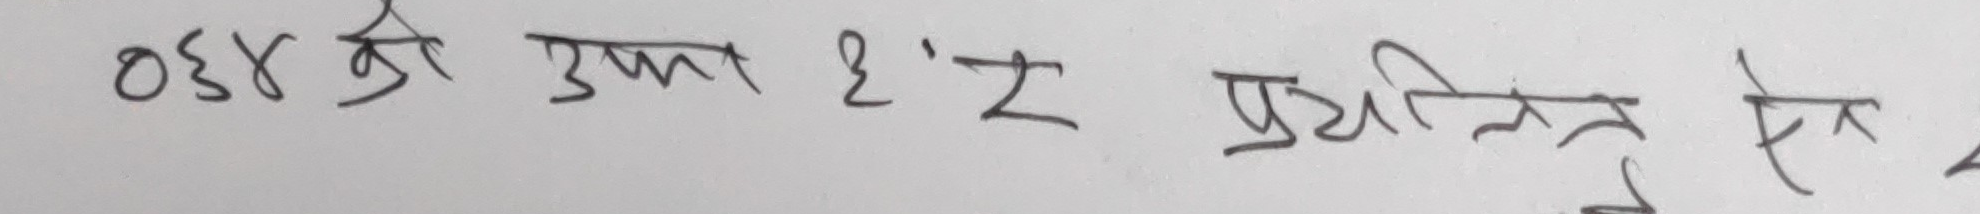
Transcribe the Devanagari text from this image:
०६४ को उचाई २.२ प्रतिशत ऐन